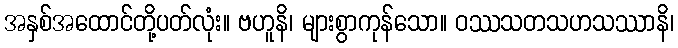
အနှစ်အထောင်တို့ပတ်လုံး။ ဗဟူနိ၊ များစွာကုန်သော။ ဝဿသတသဟသဿာနိ၊